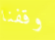
وقفنا